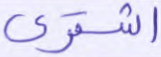
اشترى